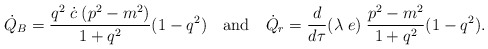
\begin{align*}\dot Q_{B} = \frac{q^2\;\dot c\; (p^2 - m^2)}{1 + q^2} (1 - q^2)\quad \mbox{and} \quad\dot Q_{r} = \frac{d}{d\tau}(\lambda\;e)\;\frac{p^2-m^2}{1+q^2} (1-q^2).\end{align*}